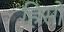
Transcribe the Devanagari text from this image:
हिसो